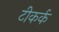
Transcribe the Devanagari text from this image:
टीकर्क